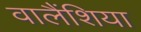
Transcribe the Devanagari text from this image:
वालैंशिया